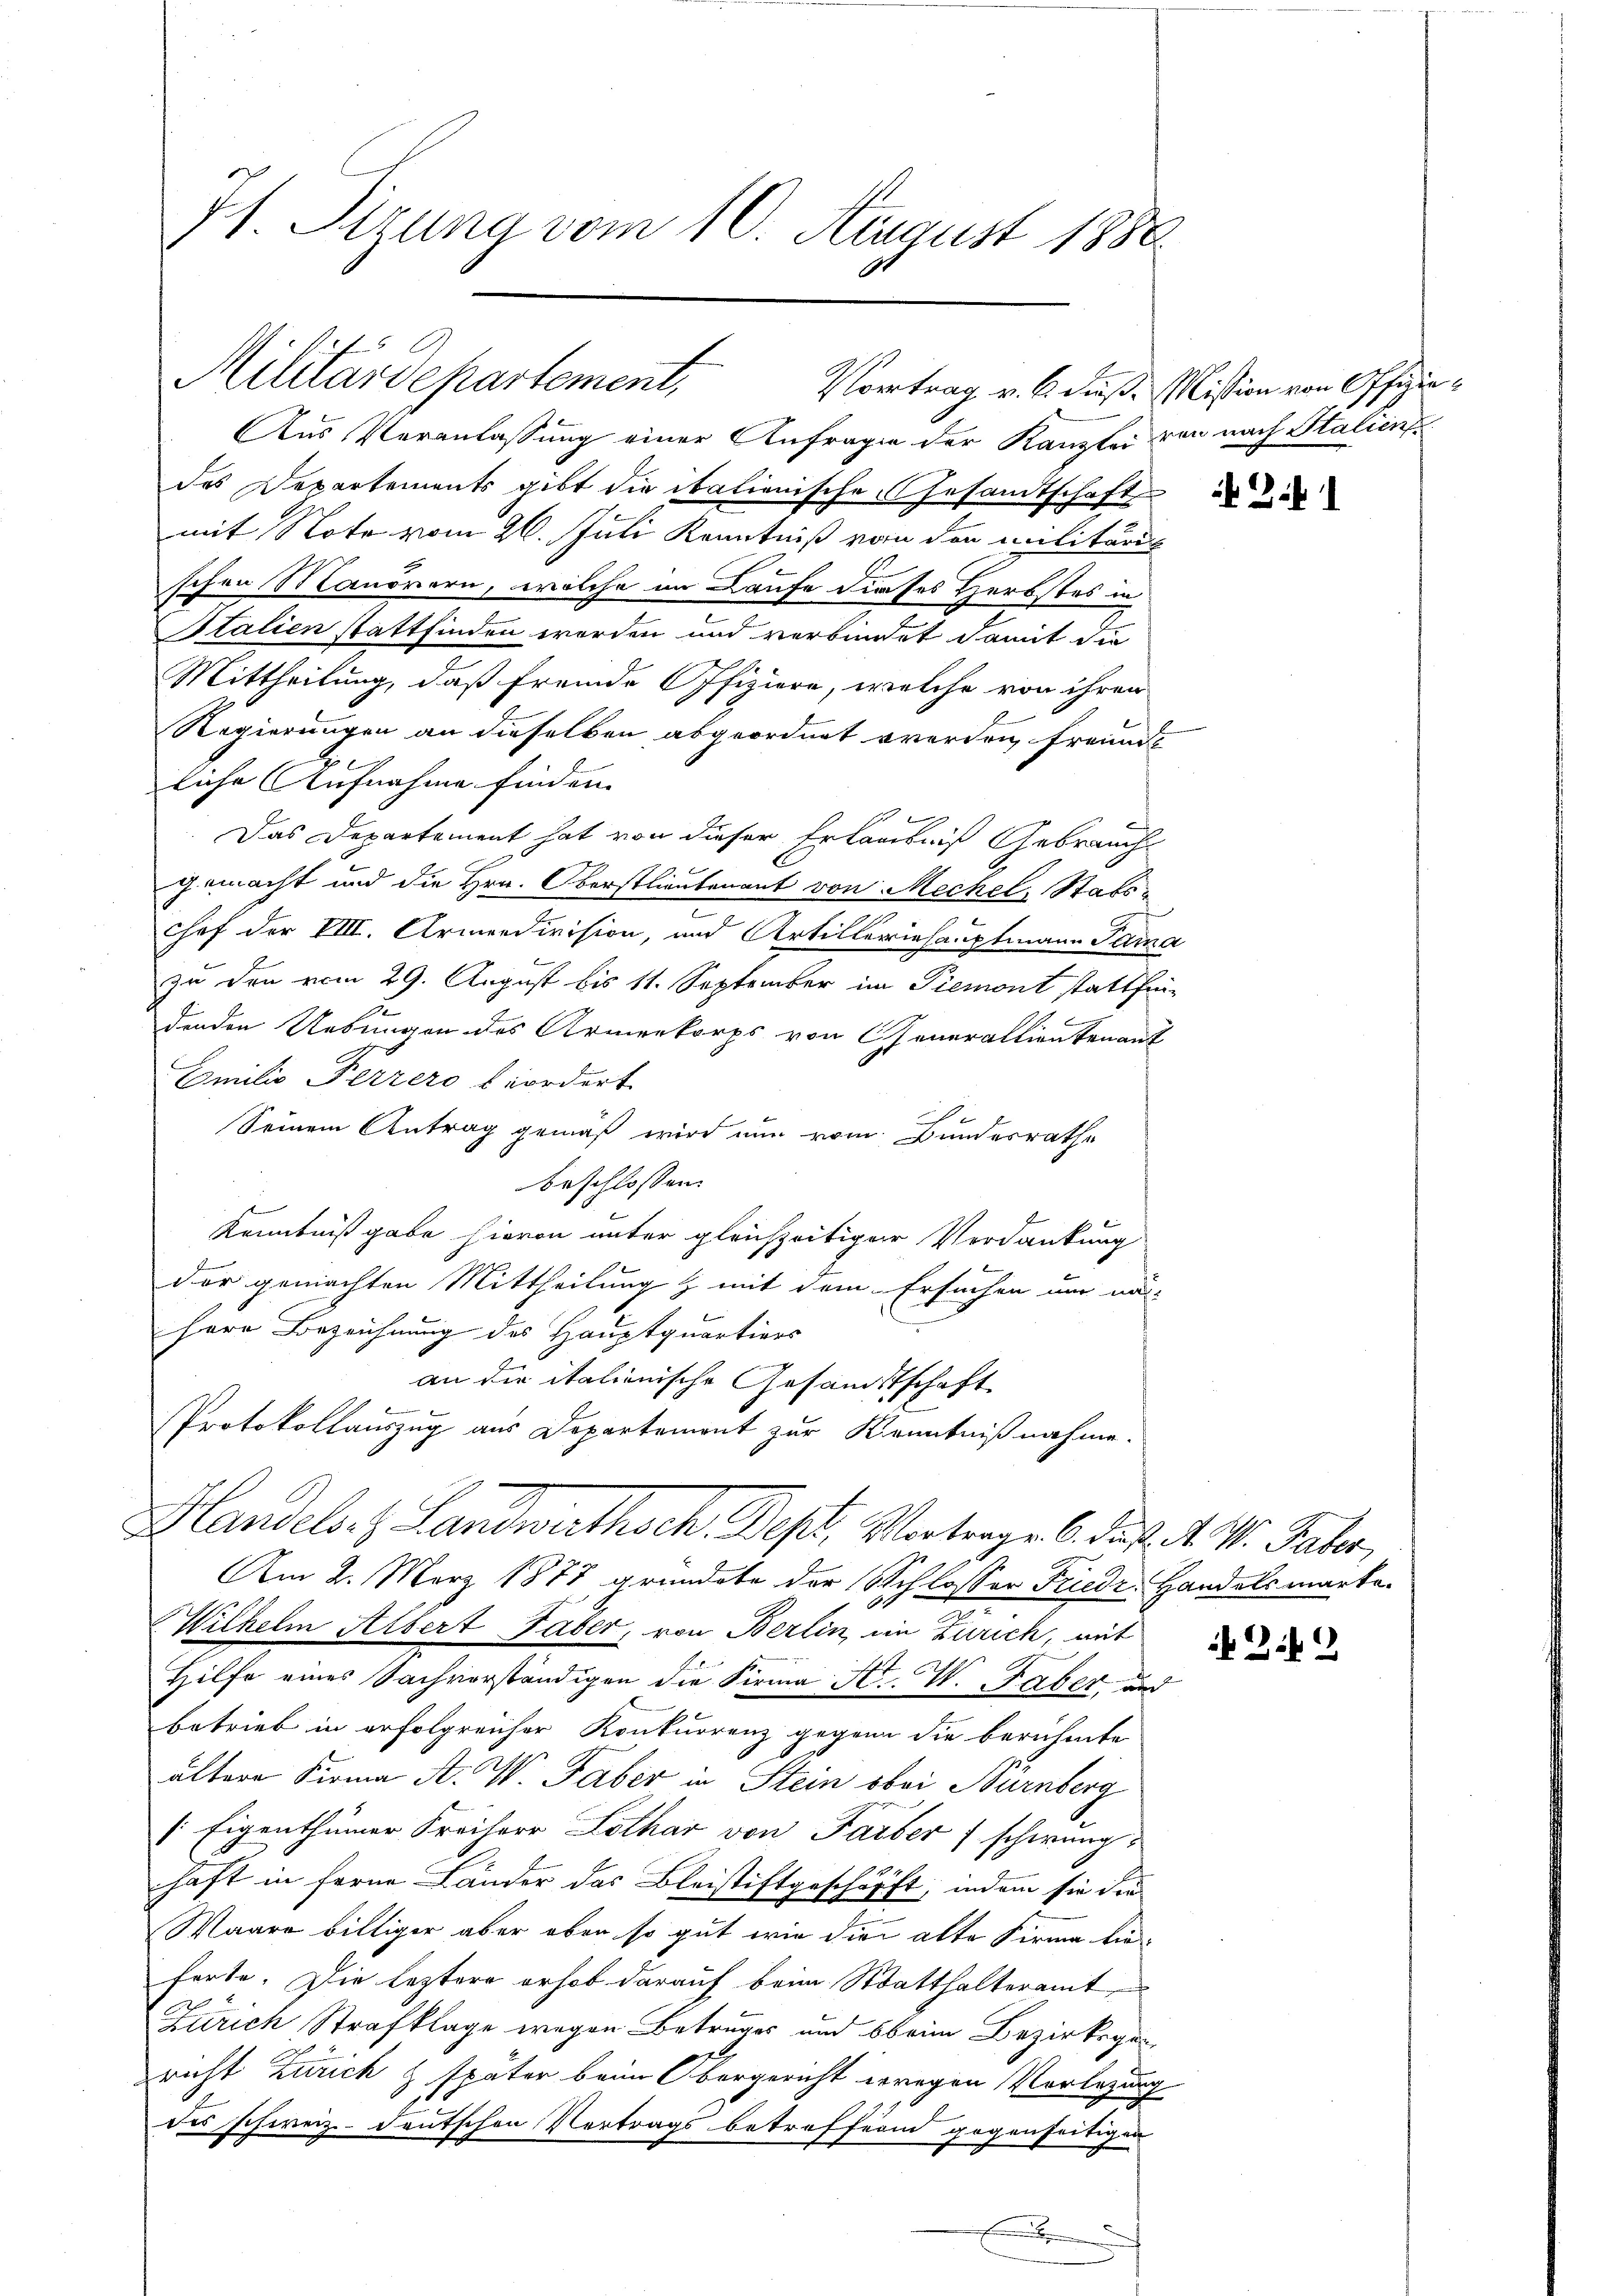
71. Sizung vom 10. August 1880.

Militärdepartement,

Aus Veranlassung einer Anfragen der Kanzlei von nach Italienfe
des Departements gibt die italienische Gesandtschaft
mit Note vom 26. Juli Kenntniß von den militäris
schen Maurern, welche im Laufe dieses Herbstes in
Stalien stattfinden worden und verbundet damit die
Mittheilung, daß fremde Offiziere, welche von ihren
Regierungen an dieselben abgeordnet werden, freunde
liche Aufnahme finden.
Das Departement hat von dieser Erlaubniß Gebrauch
gemacht und die Hrn. Oberstlieutenant von Mechel, Stats¬
Chef der VIII. Armendivision, und Artilleriehauptmann Sama
zu den vom 29. August bis 11. September im Piemont stattfin
u
denden Uebungen des Armenkorps von Generallientenant
Emilie Perrero beordert.
Seinem Antrag gemäß wird nun vom Bundesrathe
beschlossen:
Kenntniß gabe hievon unter gleichzeitiger Verdankung
der gemachten Mittheilung z mit dem Ersuchen nur na¬
Herr Bezeichnung des Hauptquartiers
an die italienische Gesamtschaft

Protokollauszug aus Departement zur Kenntnißnahme.
Handels- & Landwirthsch. Dest. Vortrage 6. d. d. M. Jahr
Am 2. März 1877 gründete der Schlosser Friedr. Handelsmarka-
Wilhelm Albert Taber, von Berlin, im Zürich, mit
Hilfe eines Sachvorständigen die Firma H. W. Faber, und
betrieb in erfolgreicher Konkurrenz gegenn die berühmte
ältere Firma A. W. Faber in Stein obei Nürnberg
 Eigenthümer Freiherr Lothar von Farber schwunghaft in ferne Länder das Bleistiftgeschäfft, indem sie die
Waare billiger aber ober so gut wie die alte Firma dieferte. Die leztere erhob darauf beim Statthalteramt
Zürich Strafklage wegen Betruges und beim Bezirksgericht Zürich & später beim Obergericht wegen Vorlegung
des schweiz deutschen Vertrags betreffend gegenseitigen
x

Vortrag v. 6. dieß, Mission von Offizia¬

r

f. Zif. 1

Z.9